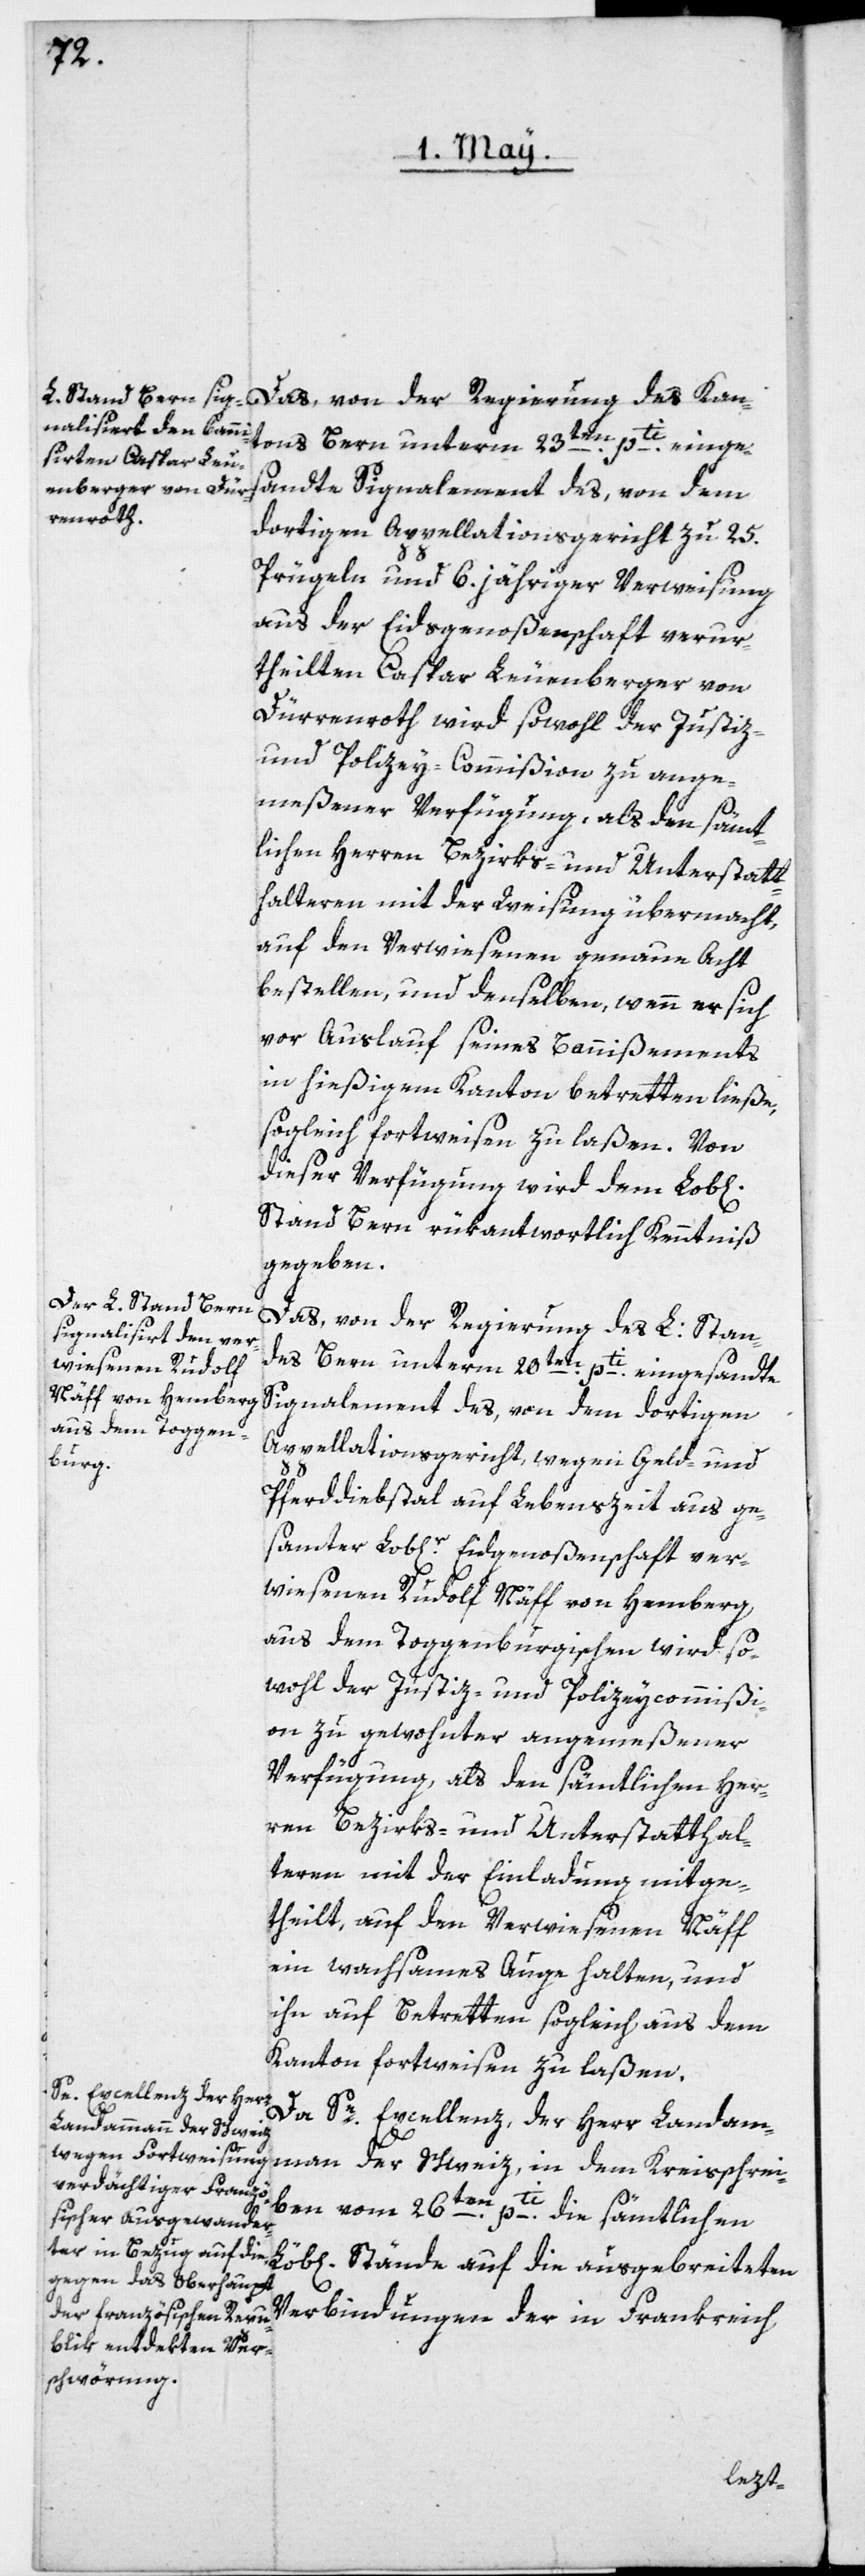
chen]
Das, von der Regierung des Kan¬
tons Bern unterm 23ten pti einge¬
sandte Signalement des, von dem
Kreisschre¬
dortigen Appellationsgericht zu 25.
Prügeln und 6.jähriger Verweisung
aus der Eidsgenoßenschaft verur¬
theilten Caspar Leuenberger von
Dürrenroth wird sowohl der Justiz-
und Polizey-Commißion zu ange¬
meßener Verfügung, als den sämt¬
lichen Herren Bezirks- und Unterstatt¬
halteren mit der Weisung übermacht,
auf den Verwiesenen genaue Acht
bestellen, und denselben, wenn er sich
vor Auslauf seines Bannißements
in hießigem Kanton betretten ließe,
sogleich fortweisen zu laßen. Von
dieser Verfügung wird dem Lob[li¬
Stand Bern rükantwortlich Kenntniß
gegeben.
Das, von der Regierung des L: Stan¬
des Bern unterm 20ten pti eingesandte
Signalement des, von dem dortigen
Appellationsgericht, wegen Geld- und
Pferddiebstal auf Lebenszeit aus ge¬
samter Lob[licher] Eidgenoßenschaft ver¬
wiesenen Rudolf Näff von Hemberg,
aus dem Toggenburgischen, wird so¬
wohl der Justiz- und Polizeycommißi¬
on zu gewohnter angemeßener
Verfügung, als den sämtlichen Her¬
ren Bezirks- und Unterstatthal¬
teren mit der Einladung mitge¬
theilt, auf den Verwiesenen Näff
ein wachsames Auge halten, und
ihn auf Betretten sogleich aus dem
Kanton fortweisen zu laßen.
Se Excellenz, der Herr
Landammann der Schweiz,
iben vom 26ten pti die sämtlichen
Stände auf die ausgebreiteten
Verbindungen der in Frankreich